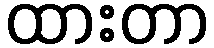
ထားတာ